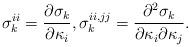
LaTeX: \begin{align*}\sigma_{k}^{ii}=\frac{\partial \sigma_k}{\partial \kappa_i},\sigma_{k}^{ii,jj}=\frac{\partial^2 \sigma_{k}}{\partial \kappa_i\partial\kappa_j}.\end{align*}